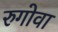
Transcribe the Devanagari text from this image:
रुगोवा